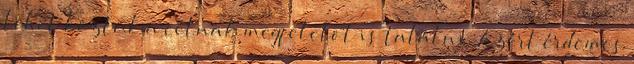
lehet köztük a célnak megfelelöt is találni. Azért érdemes